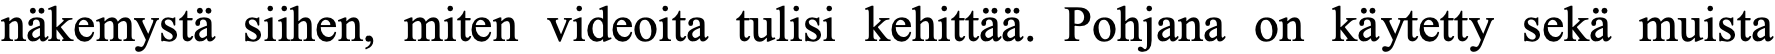
näkemystä siihen, miten videoita tulisi kehittää. Pohjana on käytetty sekä muista